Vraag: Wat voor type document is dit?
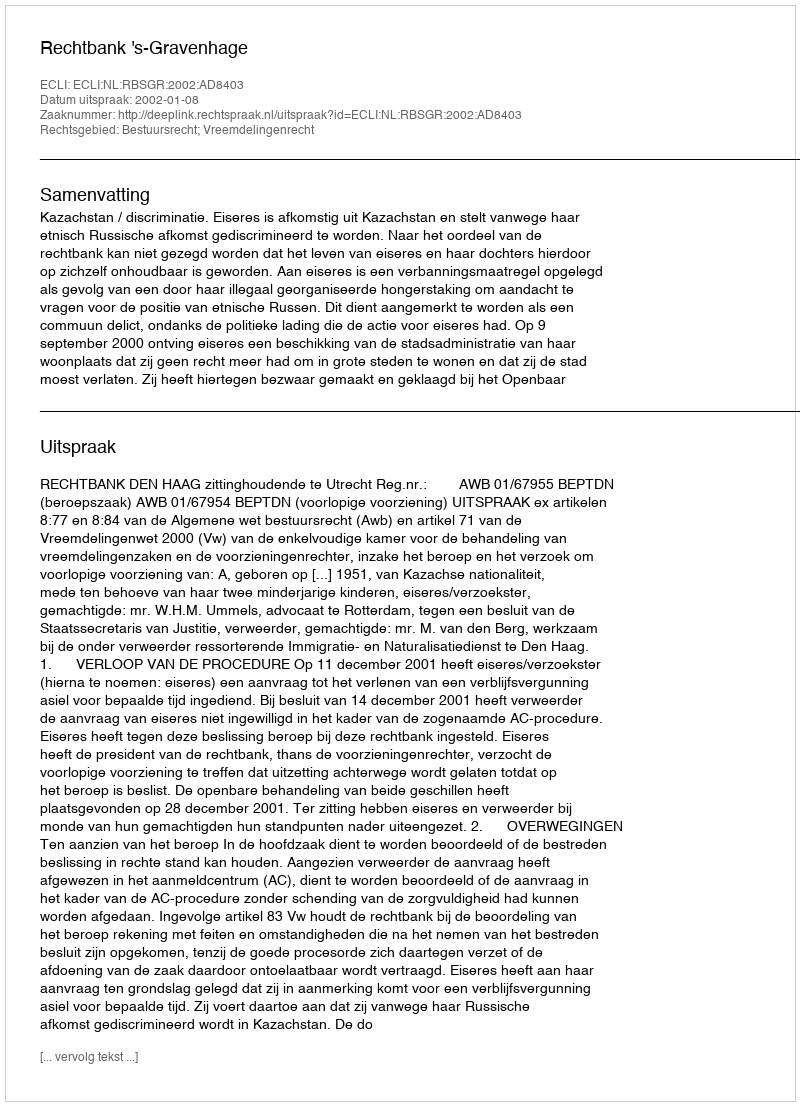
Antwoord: Uitspraak